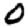
Digit: 0